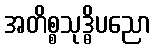
အတိစ္စသုဒ္ဓိပညော